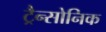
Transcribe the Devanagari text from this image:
ट्रैन्सोनिक